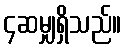
၄ဆမျှရှိသည်။